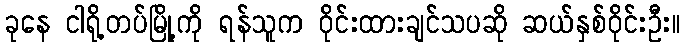
ခုနေ ငါရို့တပ်မြို့ကို ရန်သူက ဝိုင်းထားချင်သပဆို ဆယ်နှစ်ဝိုင်းဦး။